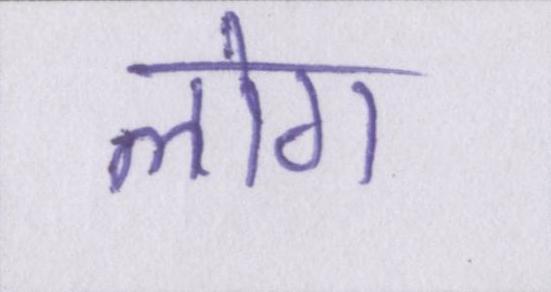
लोग